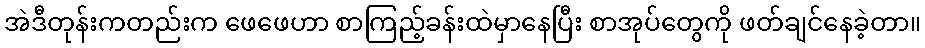
အဲဒီတုန်းကတည်းက ဖေဖေဟာ စာကြည့်ခန်းထဲမှာနေပြီး စာအုပ်တွေကို ဖတ်ချင်နေခဲ့တာ။